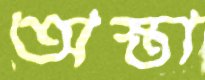
অস্তা